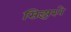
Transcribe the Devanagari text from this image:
सिझरने